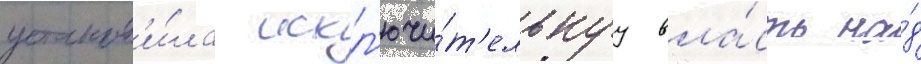
установ'и́ла искл'ючи́т'ельнуу вла́сть на́д